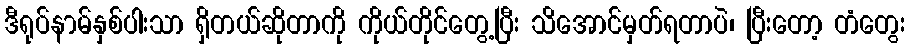
ဒီရုပ်နာမ်နှစ်ပါးသာ ရှိတယ်ဆိုတာကို ကိုယ်တိုင်တွေ့ပြီး သိအောင်မှတ်ရတာပဲ၊ ပြီးတော့ တံတွေး